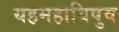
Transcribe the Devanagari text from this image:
यहमहाविषुव